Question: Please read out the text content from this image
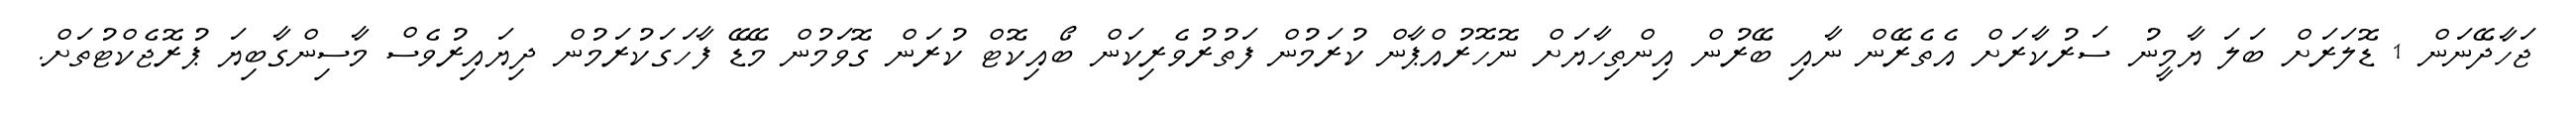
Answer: ޖަހާދޭނަން 1 ޑޮލަރަށް ބަލަ ޔާމީނު ސަރުކާރަށް އެތެރޭން ނާއި ބޭރުން އިންތިހާޔަށް ނޮހޮރުއްޕާން ކުރަމުން ފަތުރުވެރިކަން ބޯއިކޮޓް ކުރަން ގޮވަމުން މޭޑޭ ފާހަގަކުރަމުން ދިޔައިރުވެސް މާސިންގާބިޔަ ޕުރޮޖެކްޓުތަށް.